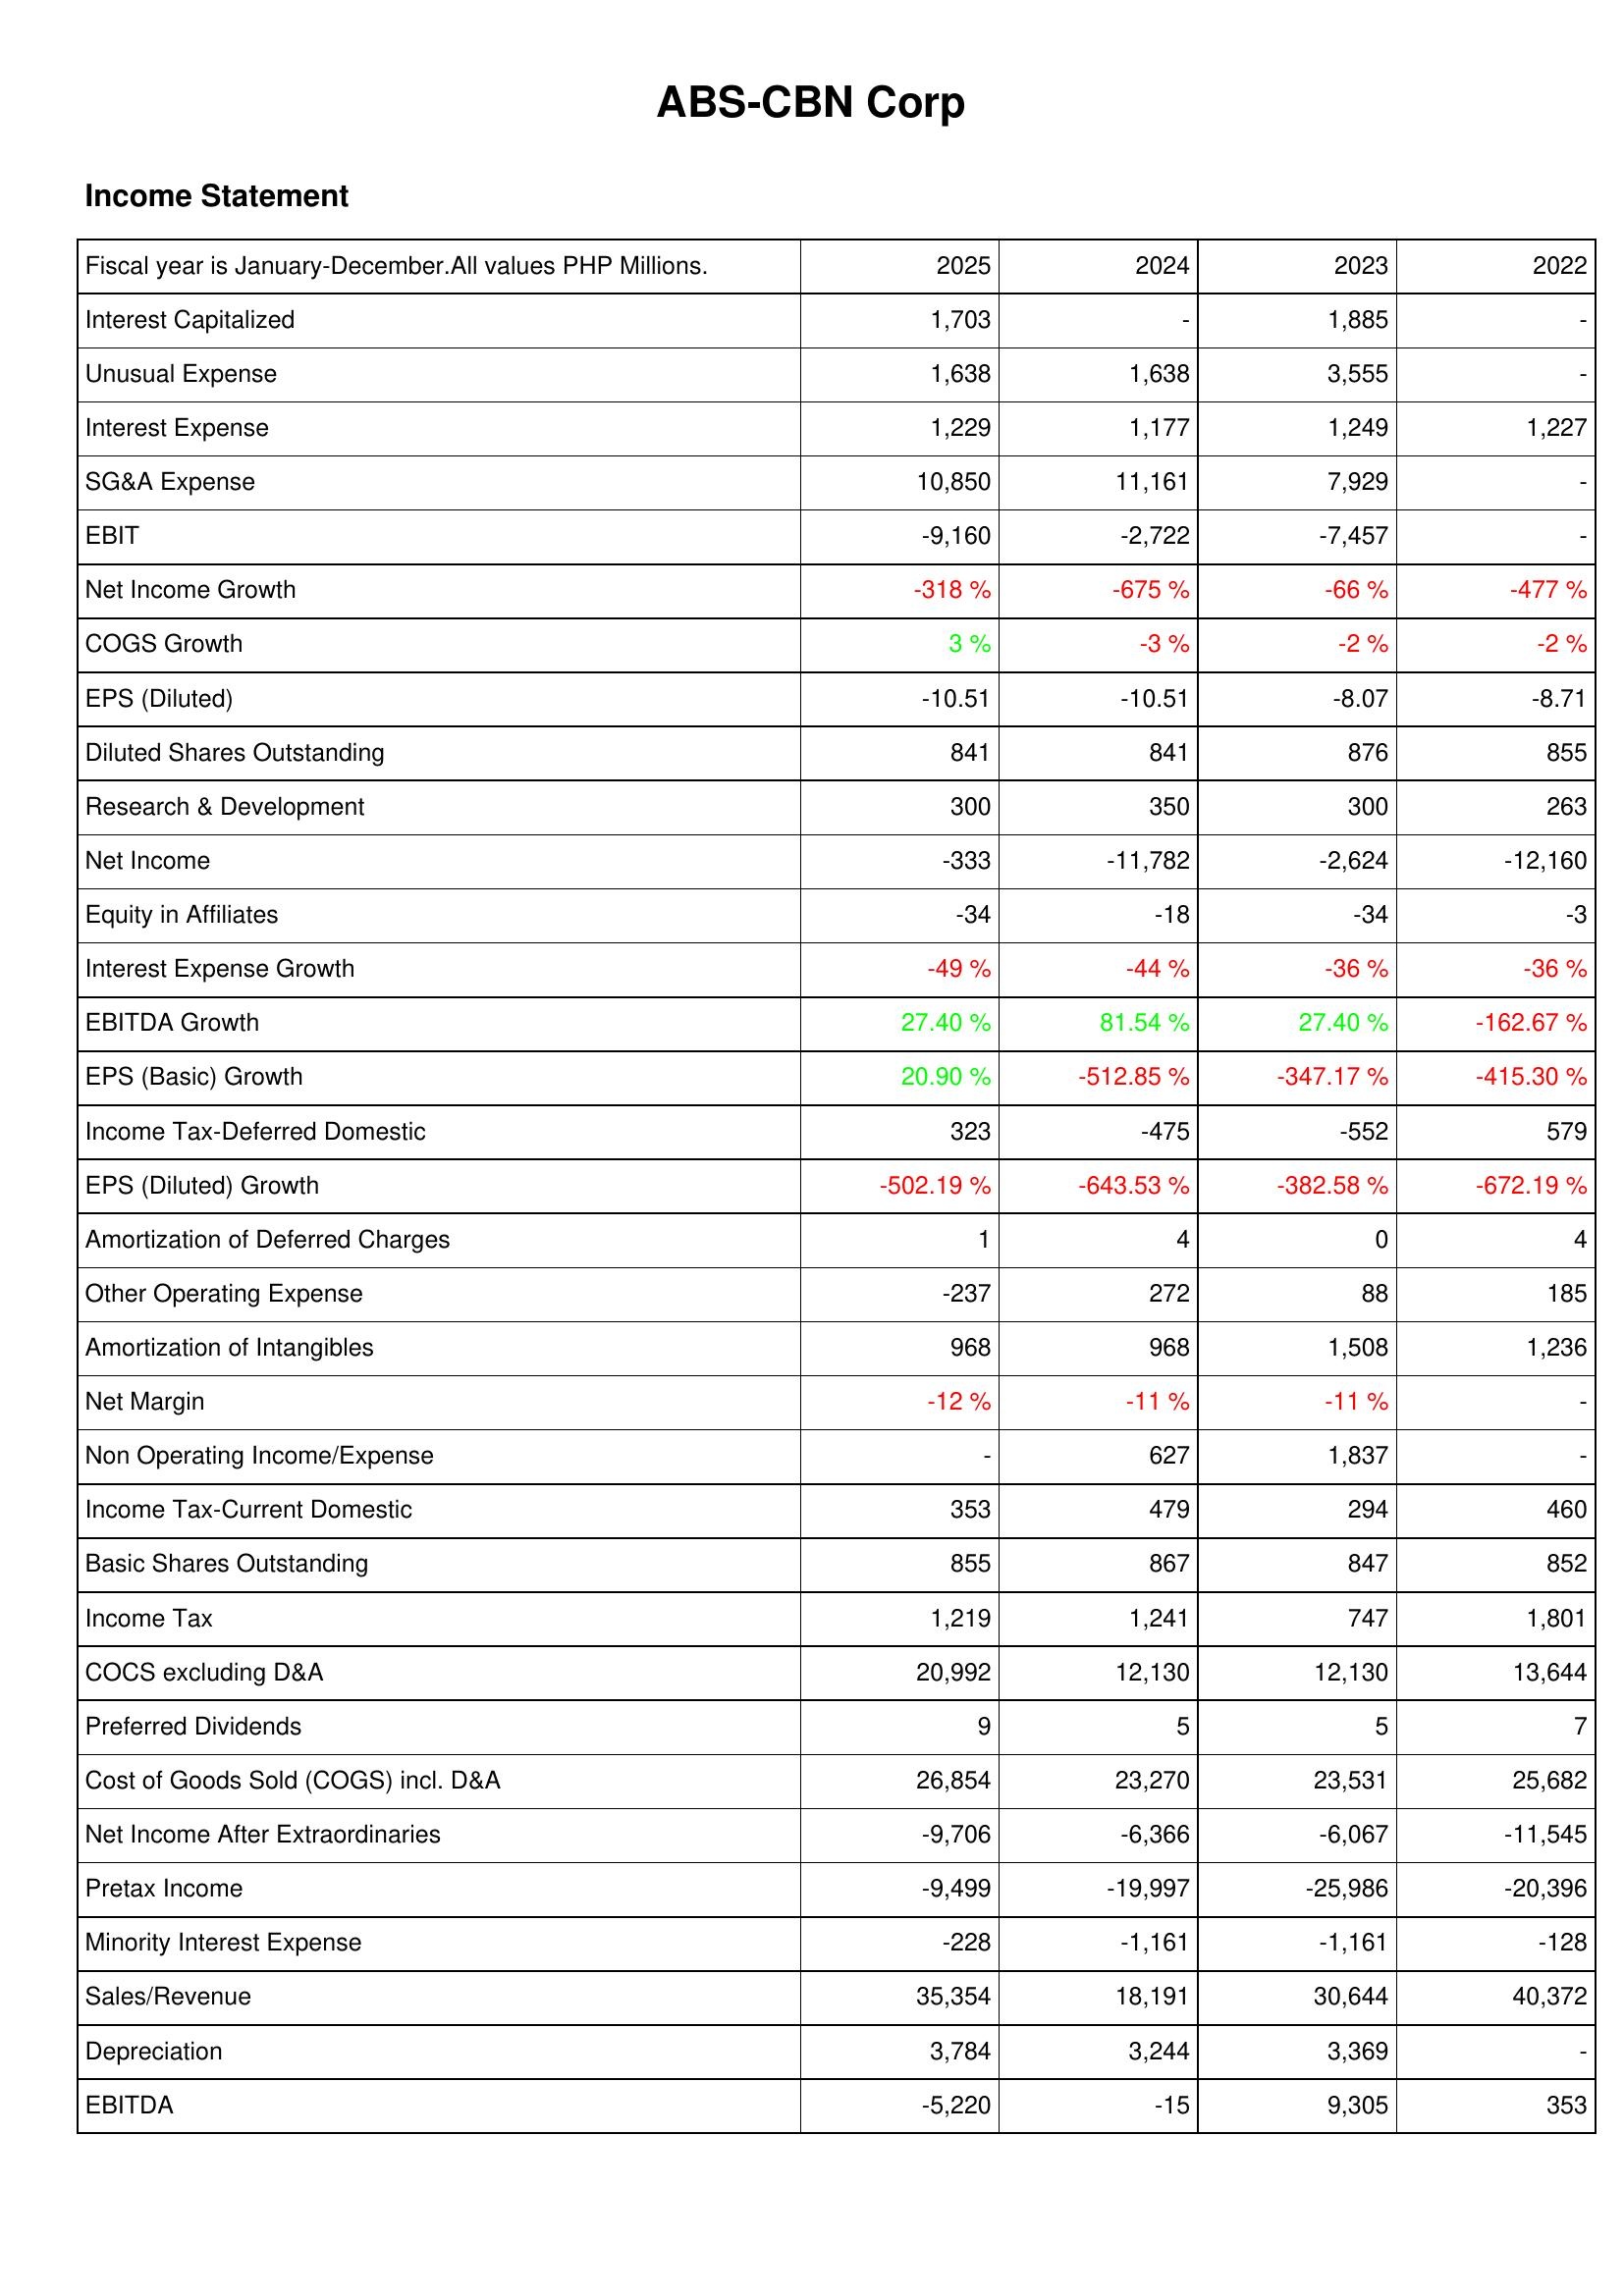
2025: Income Statement: Interest Capitalized: 1,703
Unusual Expense: 1,638
Interest Expense: 1,229
SG&A Expense: 10,850
EBIT: -9,160
Net Income Growth: -318 %
COGS Growth: 3 %
EPS (Diluted): -10.51
Diluted Shares Outstanding: 841
Research & Development: 300
Net Income: -333
Equity in Affiliates: -34
Interest Expense Growth: -49 %
EBITDA Growth: 27.40 %
EPS (Basic) Growth: 20.90 %
Income Tax-Deferred Domestic: 323
EPS (Diluted) Growth: -502.19 %
Amortization of Deferred Charges: 1
Other Operating Expense: -237
Amortization of Intangibles: 968
Net Margin: -12 %
Non Operating Income/Expense: -
Income Tax-Current Domestic: 353
Basic Shares Outstanding: 855
Income Tax: 1,219
COCS excluding D&A: 20,992
Preferred Dividends: 9
Cost of Goods Sold (COGS) incl. D&A: 26,854
Net Income After Extraordinaries: -9,706
Pretax Income: -9,499
Minority Interest Expense: -228
Sales/Revenue: 35,354
Depreciation: 3,784
EBITDA: -5,220
2024: Income Statement: Interest Capitalized: -
Unusual Expense: 1,638
Interest Expense: 1,177
SG&A Expense: 11,161
EBIT: -2,722
Net Income Growth: -675 %
COGS Growth: -3 %
EPS (Diluted): -10.51
Diluted Shares Outstanding: 841
Research & Development: 350
Net Income: -11,782
Equity in Affiliates: -18
Interest Expense Growth: -44 %
EBITDA Growth: 81.54 %
EPS (Basic) Growth: -512.85 %
Income Tax-Deferred Domestic: -475
EPS (Diluted) Growth: -643.53 %
Amortization of Deferred Charges: 4
Other Operating Expense: 272
Amortization of Intangibles: 968
Net Margin: -11 %
Non Operating Income/Expense: 627
Income Tax-Current Domestic: 479
Basic Shares Outstanding: 867
Income Tax: 1,241
COCS excluding D&A: 12,130
Preferred Dividends: 5
Cost of Goods Sold (COGS) incl. D&A: 23,270
Net Income After Extraordinaries: -6,366
Pretax Income: -19,997
Minority Interest Expense: -1,161
Sales/Revenue: 18,191
Depreciation: 3,244
EBITDA: -15
2023: Income Statement: Interest Capitalized: 1,885
Unusual Expense: 3,555
Interest Expense: 1,249
SG&A Expense: 7,929
EBIT: -7,457
Net Income Growth: -66 %
COGS Growth: -2 %
EPS (Diluted): -8.07
Diluted Shares Outstanding: 876
Research & Development: 300
Net Income: -2,624
Equity in Affiliates: -34
Interest Expense Growth: -36 %
EBITDA Growth: 27.40 %
EPS (Basic) Growth: -347.17 %
Income Tax-Deferred Domestic: -552
EPS (Diluted) Growth: -382.58 %
Amortization of Deferred Charges: 0
Other Operating Expense: 88
Amortization of Intangibles: 1,508
Net Margin: -11 %
Non Operating Income/Expense: 1,837
Income Tax-Current Domestic: 294
Basic Shares Outstanding: 847
Income Tax: 747
COCS excluding D&A: 12,130
Preferred Dividends: 5
Cost of Goods Sold (COGS) incl. D&A: 23,531
Net Income After Extraordinaries: -6,067
Pretax Income: -25,986
Minority Interest Expense: -1,161
Sales/Revenue: 30,644
Depreciation: 3,369
EBITDA: 9,305
2022: Income Statement: Interest Capitalized: -
Unusual Expense: -
Interest Expense: 1,227
SG&A Expense: -
EBIT: -
Net Income Growth: -477 %
COGS Growth: -2 %
EPS (Diluted): -8.71
Diluted Shares Outstanding: 855
Research & Development: 263
Net Income: -12,160
Equity in Affiliates: -3
Interest Expense Growth: -36 %
EBITDA Growth: -162.67 %
EPS (Basic) Growth: -415.30 %
Income Tax-Deferred Domestic: 579
EPS (Diluted) Growth: -672.19 %
Amortization of Deferred Charges: 4
Other Operating Expense: 185
Amortization of Intangibles: 1,236
Net Margin: -
Non Operating Income/Expense: -
Income Tax-Current Domestic: 460
Basic Shares Outstanding: 852
Income Tax: 1,801
COCS excluding D&A: 13,644
Preferred Dividends: 7
Cost of Goods Sold (COGS) incl. D&A: 25,682
Net Income After Extraordinaries: -11,545
Pretax Income: -20,396
Minority Interest Expense: -128
Sales/Revenue: 40,372
Depreciation: -
EBITDA: 353